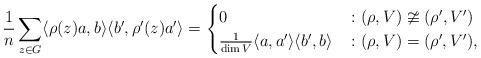
LaTeX: \begin{align*} \frac1n \sum_{z \in G} \langle \rho(z) a, b \rangle \langle b', \rho'(z) a' \rangle = \begin{cases} 0 &\colon (\rho,V) \ncong (\rho',V') \\ \frac1{\dim V} \langle a, a' \rangle \langle b', b \rangle &\colon (\rho,V) = (\rho',V'), \end{cases}\end{align*}